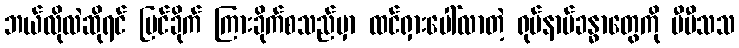
ဘယ်လိုလဲဆိုရင် မြင်ခိုက် ကြားခိုက်စသည်မှာ ထင်ရှားပေါ်လာတဲ့ ရုပ်နာမ်ခန္ဓာတွေကို ပီပီသသ